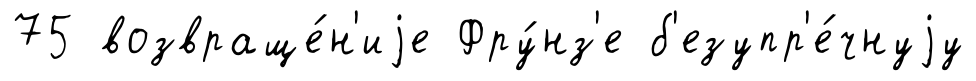
75 возвраще́н'иjе Фру́нз'е б'езупр'е́чнуjу